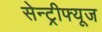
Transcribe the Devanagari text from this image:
सेन्ट्रीफ्यूज